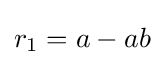
r_{1}=a-ab